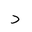
Letter: _dal